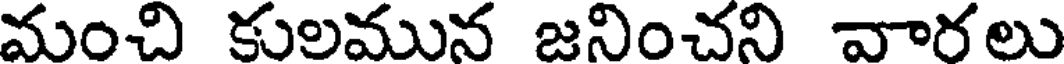
మంచి కులమున జనించని వారలు